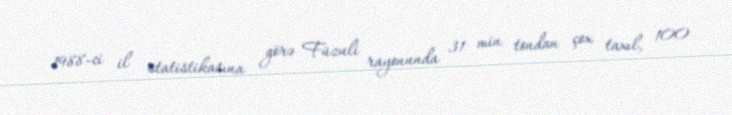
1988-ci il statistikasına görə Füzuli rayonunda 31 min tondan çox taxıl, 100